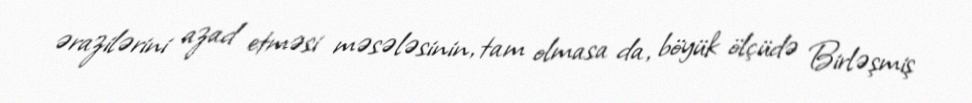
ərazilərini azad etməsi məsələsinin, tam olmasa da, böyük ölçüdə Birləşmiş